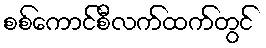
စစ်ကောင်စီလက်ထက်တွင်